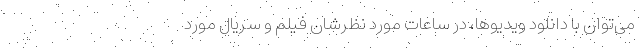
می‌توان با دانلود ویدیوها، در ساعات مورد نظرشان فیلم و سریال مورد